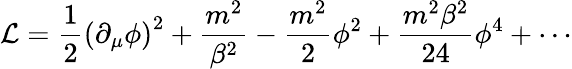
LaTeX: {\cal\mathcal{L}}={\frac{{1}}{{2}}}\left(\partial_{\mu}\phi\right)^{2}+{\frac{{m^{2}}}{{\beta^{2}}}}-{\frac{{m^{2}}}{{2}}}\phi^{2}+{\frac{{m^{2}\beta^{2}}}{{24}}}\phi^{4}+\cdots